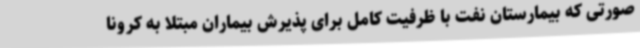
صورتی که بیمارستان نفت با ظرفیت کامل برای پذیرش بیماران مبتلا به کرونا